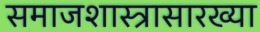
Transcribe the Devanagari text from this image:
समाजशास्त्रासारख्या